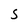
Character: S